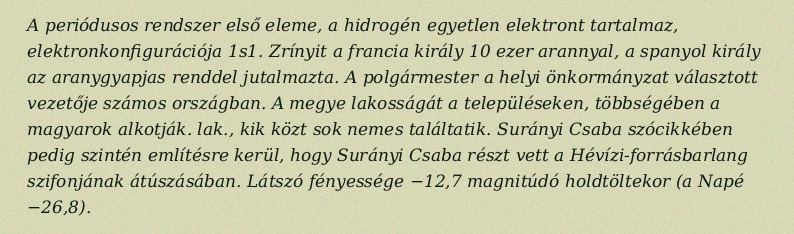
A periódusos rendszer első eleme, a hidrogén egyetlen elektront tartalmaz, elektronkonfigurációja 1s1. Zrínyit a francia király 10 ezer arannyal, a spanyol király az aranygyapjas renddel jutalmazta. A polgármester a helyi önkormányzat választott vezetője számos országban. A megye lakosságát a településeken, többségében a magyarok alkotják. lak., kik közt sok nemes találtatik. Surányi Csaba szócikkében pedig szintén említésre kerül, hogy Surányi Csaba részt vett a Hévízi-forrásbarlang szifonjának átúszásában. Látszó fényessége −12,7 magnitúdó holdtöltekor (a Napé −26,8).